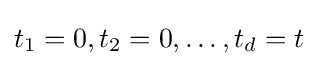
t_{1}=0,t_{2}=0,\ldots ,t_{d}=t